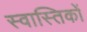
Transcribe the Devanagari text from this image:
स्वास्तिकों